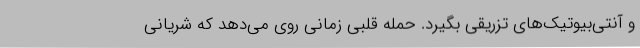
و آنتی‌بیوتیک‌های تزریقی بگیرد. حمله قلبی زمانی روی می‌دهد که شریانی